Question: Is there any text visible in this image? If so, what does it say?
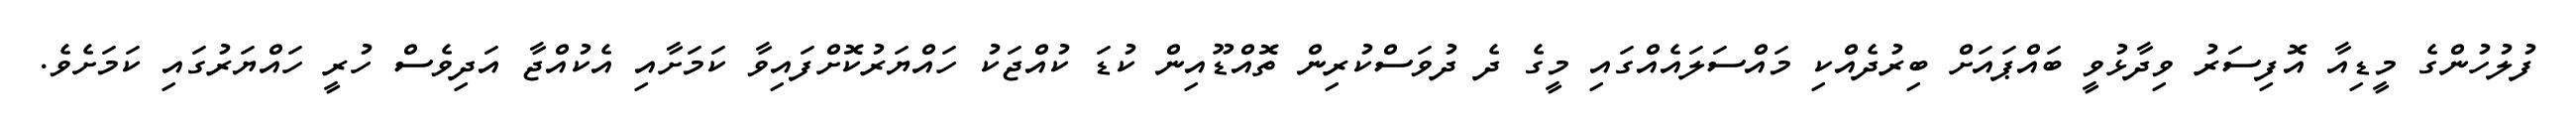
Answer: ފުލުހުންގެ މީޑިއާ އޮފިސަރު ވިދާޅުވީ ބައްޕައަށް ބިރުދެއްކި މައްސަލައެއްގައި މީގެ ދެ ދުވަސްކުރިން ތޮއްޑޫއިން ކުޑަ ކުއްޖަކު ހައްޔަރުކޮށްފައިވާ ކަމަށާއި އެކުއްޖާ އަދިވެސް ހުރީ ހައްޔަރުގައި ކަމަށެވެ.